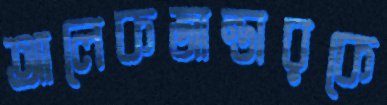
আলেকজান্ডারকে